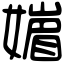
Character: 𡡻